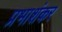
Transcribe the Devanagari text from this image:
प्रभाशंकर